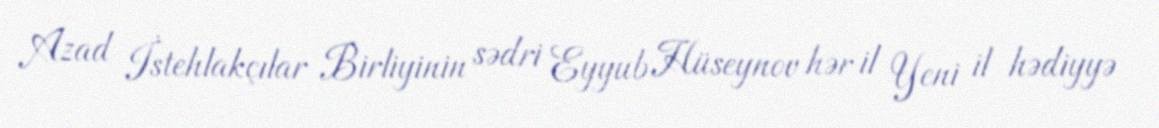
Azad İstehlakçılar Birliyinin sədri Eyyub Hüseynov hər il Yeni il hədiyyə